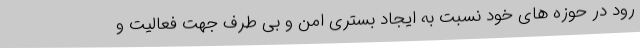
رود در حوزه های خود نسبت به ایجاد بستری امن و بی طرف جهت فعالیت و